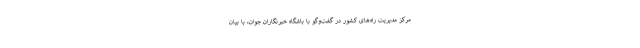
مرکز مدیریت راه‌های کشور در گفت‌وگو با باشگاه خبرنگاران جوان، با بیان